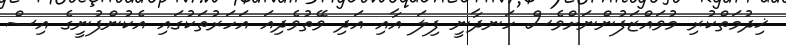
ޚިދުމަތްކުރި މުވައްޒަފުންނަށްވެސް ހަނދާނީ ފިލަ އާއި އަދި ވޭތުވެދިއަ އަހަރުތަކުގައި އެކުންފުނީގެ އިސް